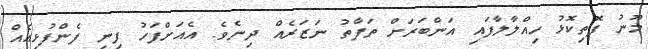
މޫނު ފޮތިކޮޅު ހިއްލާލާފައި އަންބަރަށް ތަފާތު ނަޒަރެއް ދިނެވެ. އެއަށްފަހު ފިނި ފެންފުޅިއެއް